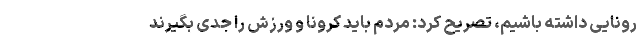
رونایی داشته باشیم، تصریح کرد: مردم باید کرونا و ورزش را جدی بگیرند